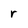
Character: r